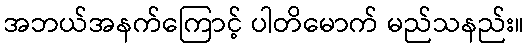
အဘယ်အနက်ကြောင့် ပါတိမောက် မည်သနည်း။